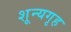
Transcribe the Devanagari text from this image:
शून्यगृह